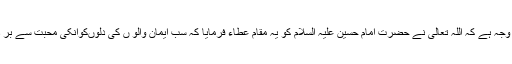
یہی وجہ ہے کہ اللہ تعالی نے حضرت امام حسین علیہ السلام کو یہ مقام عطاء فرمایا کہ سب ایمان والو ں کی دلوںکوانکی محبت سے بر دیا ۔